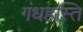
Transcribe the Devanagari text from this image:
गंधहस्ति